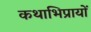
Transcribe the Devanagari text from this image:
कथाभिप्रायों